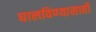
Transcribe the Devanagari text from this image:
घालविण्‍यासाठी